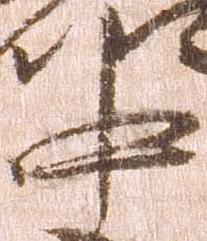
中